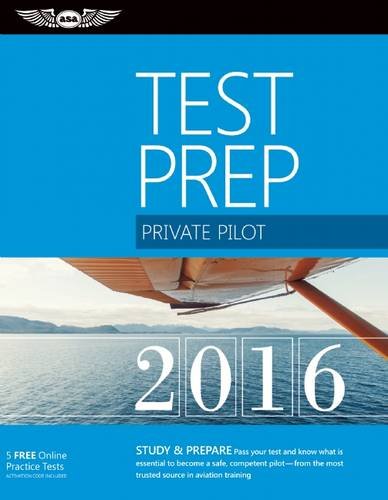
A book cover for Private Pilot Test Prep 2016: Study & Prepare: Pass your test and know what is essential to become a safe, competent pilot EE from the most trusted source in aviation training (Test Prep series); ASA Test Prep Board; Engineering & Transportation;